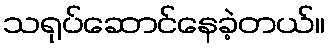
သရုပ်ဆောင်နေခဲ့တယ်။